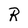
Character: R